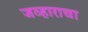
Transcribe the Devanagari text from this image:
जव्हाराचा